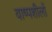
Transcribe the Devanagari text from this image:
वाष्पशीलों